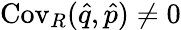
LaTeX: \operatorname{Cov}_{R}(\hat{q},\hat{p})\neq 0